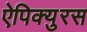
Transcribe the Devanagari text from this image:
ऐपिक्युरस